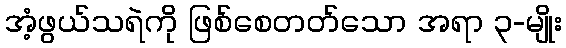
အံ့ဖွယ်သရဲကို ဖြစ်စေတတ်သော အရာ ၃-မျိုး